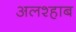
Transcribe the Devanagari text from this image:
अलश्हाब